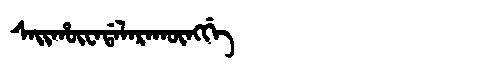
Manchu: ᠰᠠᡳᡥᡡᠸᠠᡩᠠᠯᠠᡵᠠᡴᡡᠩᡤᡝ
Romanization: SAIHŪWADALARAKŪNGGE